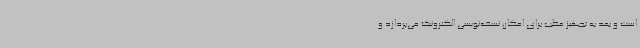
است و بعد به تجهیز مطب برای امکان نسخه‌نویسی الکترونیک می‌پردازد و